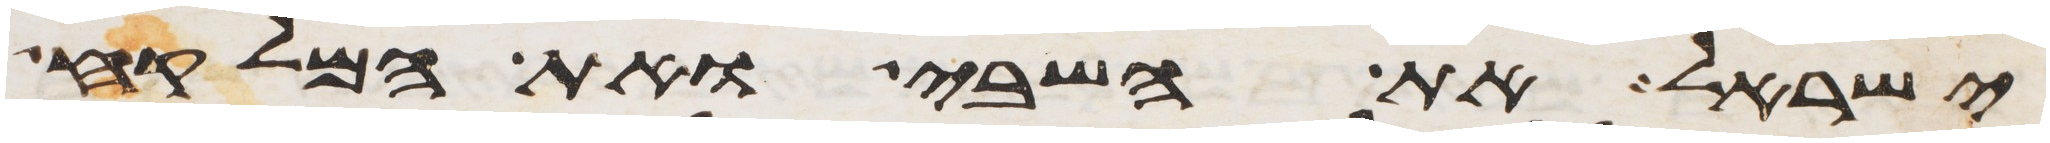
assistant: ישראל את השבי ואת המלקח